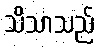
သိသာသည်